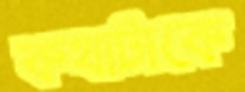
কথাটাকে